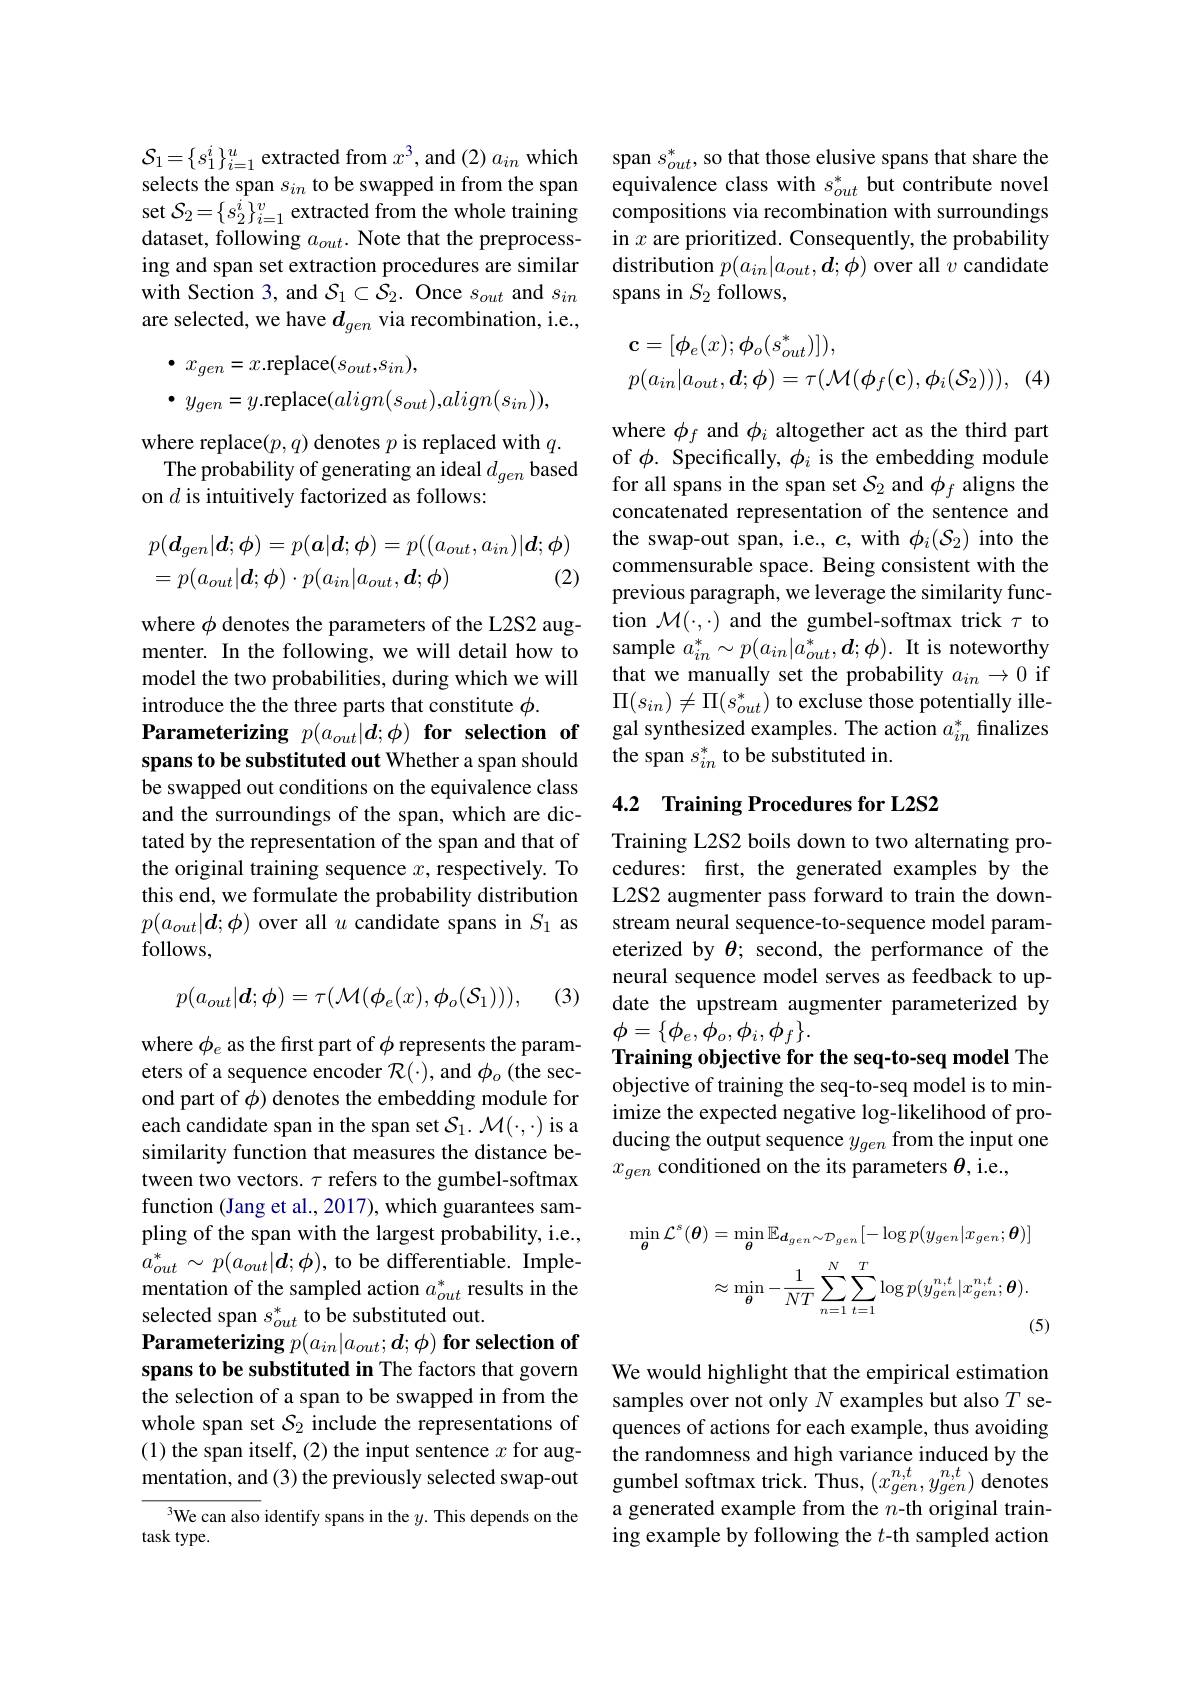
$\mathcal{S}_{1}=\{s_{1}^{i}\}_{i=1}^{u}$ extracted from $x^3$, and $(2)a_in$ which selects the span $s_in$ to be swapped in from the span set $\mathcal{S}_{2}=\{s_{2}^{i}\}_{i=1}^{v}$ extracted from the whole training dataset, following $a_out.$ Note that the preprocessing and span set extraction procedures are similar with Section 3, and $S_1\subset\mathcal{S}_2.$ Once $s_out$ and $s_in$ are selected, we have $d_{gen}$ via recombination, i.e.,
$$\begin{aligned}&\bullet\:x_{gen}=x.\mathrm{replace}(s_{out},s_{in}),\\&\bullet\:y_{gen}=y.\mathrm{replace}(align(s_{out}),align(s_{in})),\end{aligned}$$
where replace$(p,q)$ denotes $p$ is replaced with $q.$
The probability of generating an ideal $d_{gen}$ based
on $d$ is intuitively factorized as follows:
$$\begin{aligned}&p(\boldsymbol{d}_{gen}|\boldsymbol{d};\boldsymbol{\phi})=p(\boldsymbol{a}|\boldsymbol{d};\boldsymbol{\phi})=p((a_{out},a_{in})|\boldsymbol{d};\boldsymbol{\phi})\\&=p(a_{out}|\boldsymbol{d};\boldsymbol{\phi})\cdot p(a_{in}|a_{out},\boldsymbol{d};\boldsymbol{\phi})\quad(2)\end{aligned}$$
where $\phi$ denotes the parameters of the L2S2 augmenter. In the following, we will detail how to model the two probabilities, during which we will introduce the the three parts that constitute $\phi.$
Parameterizing $p( a_{out}| d; \phi ) \textbf{for selection}$ of spans to be substituted out Whether a span should be swapped out conditions on the equivalence class and the surroundings of the span, which are dictated by the representation of the span and that of the original training sequence $x$, respectively. To this end, we formulate the probability distribution $p(a_{out}|\boldsymbol{d};\phi)$ over all $u$ candidate spans in $S_1$ as follows,
$$p(a_{out}|\boldsymbol{d};\boldsymbol{\phi})=\tau(\mathcal{M}(\boldsymbol{\phi}_{e}(x),\boldsymbol{\phi}_{o}(\mathcal{S}_{1}))),$$
(3)

where $\phi_e$ as the first part of $\phi$ represents the parameters of a sequence encoder $\mathcal{R}(\cdot)$, and $\phi_o$ (the second part of $\phi$) denotes the embedding module for each candidate span in the span set $\mathcal{S}_1.\mathcal{M}(\cdot,\cdot)$ is a similarity function that measures the distance between two vectors. $\tau$ refers to the gumbel-softmax function (Jang et al., 2017), which guarantees sampling of the span with the largest probability, i.e., $a_{out}^{*}\sim p(a_{out}|\boldsymbol{d};\phi)$, to be differentiable. Implementation of the sampled action $a_{out}^*$ results in the selected span $s_out^*$ to be substituted out.
Parameterizing $p( a_{in}| a_{out}; \boldsymbol{d}; \phi ) \textbf{ for selection of}$ spans to be substituted in The factors that govern the selection of a span to be swapped in from the whole span set $S_2$ include the representations of (1) the span itself,(2) the input sentence $x$ for augmentation, and (3) the previously selected swap-out

${^{3}}$We can also identify spans in the $y.$ This depends on the
task type.

span $s_{out}^{*}$, so that those elusive spans that share the equivalence class with $s_{out}^*$ but contribute novel compositions via recombination with surroundings in $x$ are prioritized. Consequently, the probability distribution $p(a_{in}|a_{out},\boldsymbol{d};\phi)$ over all $v$ candidate spans in $S_2$ follows,
$$\begin{aligned}&\mathbf{c}=[\phi_{e}(x);\phi_{o}(s_{out}^{*})]),\\&p(a_{in}|a_{out},\boldsymbol{d};\phi)=\tau(\mathcal{M}(\phi_{f}(\mathbf{c}),\phi_{i}(\mathcal{S}_{2}))),\end{aligned}$$
(4)

where $\phi_f$ and $\phi_i$ altogether act as the third part of $\phi.$ Specifically, $\phi_i$ is the embedding module for all spans in the span set $S_2$ and $\phi_f$ aligns the concatenated representation of the sentence and the swap-out span, i.e., $c$, with $\phi_i(\mathcal{S}_2)$ into the commensurable space. Being consistent with the previous paragraph, we leverage the similarity function $\mathcal{M}(\cdot,\cdot)$ and the gumbel-softmax trick $\tau$ to sample $a_in^*\sim p(a_{in}|a_{out}^*,\boldsymbol{d};\phi).$ It is noteworthy that we manually set the probability $a_{in}\to0$ if $\Pi(s_{in})\neq\Pi(s_{out}^{*})$ to excluse those potentially illegal synthesized examples. The action $a_in^*$ finalizes the span $s_in^*$ to be substituted in.

## 4.2 Training Procedures for L2S2

Training L2S2 boils down to two alternating procedures: frst, the generated examples by the L2S2 augmenter pass forward to train the downstream neural sequence-to-sequence model parameterized by $\theta;$ second, the performance of the neural sequence model serves as feedback to update the upstream augmenter parameterized by $\underline{\phi}=\{\phi_{e},\phi_{o},\phi_{i},\phi_{f}\}.$
Training objective for the seq-to-seq model The objective of training the seq-to-seq model is to minimize the expected negative log-likelihood of producing the output sequence $y_{gen}$ from the input one $x_{gen}$ conditioned on the its parameters $\theta$,i.e.,
$$\begin{aligned}\operatorname*{min}_{\boldsymbol{\theta}}\mathcal{L}^{s}(\boldsymbol{\theta})&=\min_{\boldsymbol{\theta}}\mathbb{E}_{\boldsymbol{d}_{gen}\sim\mathcal{D}_{gen}}[-\log p(y_{gen}|x_{gen};\boldsymbol{\theta})]\\&\approx\min_{\boldsymbol{\theta}}-\frac{1}{NT}\sum_{n=1}^{N}\sum_{t=1}^{T}\log p(y_{gen}^{n,t}|x_{gen}^{n,t};\boldsymbol{\theta}).\end{aligned}$$
(5)

We would highlight that the empirical estimation samples over not only $N$ examples but also $T$ sequences of actions for each example, thus avoiding the randomness and high variance induced by the gumbel softmax trick. Thus, $(x_{gen}^{n,t},y_{gen}^{n,t})$ denotes a generated example from the $n$-th original training example by following the $t$-th sampled action